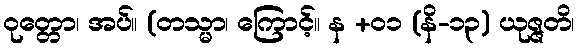
ဝုတ္တော၊ အပ်။ (တသ္မာ၊ ကြောင့်။ န +၀၁ (နိ-၁၃) ယုဇ္ဇတိ၊